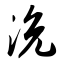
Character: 浼